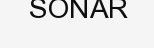
SONAR